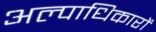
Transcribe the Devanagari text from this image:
अल्पाधिकारों